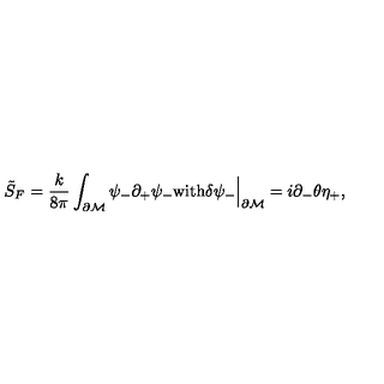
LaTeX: \tilde { S } _ { \tiny F } = \frac { k } { 8 \pi } \int _ { \partial \cal M } \psi _ { - } \partial _ { + } \psi _ { - } \mathrm { w i t h } \delta \psi _ { - } \Big | _ { \partial \cal M } = i \partial _ { - } \theta \eta _ { + } ,